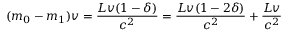
( m _ { 0 } - m _ { 1 } ) v = \frac { L v ( 1 - \delta ) } { c ^ { 2 } } = \frac { L v ( 1 - 2 \delta ) } { c ^ { 2 } } + \frac { L v \d } { c ^ { 2 } }